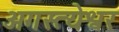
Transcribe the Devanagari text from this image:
अगस्त्येश्वर